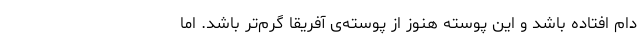
دام افتاده باشد و این پوسته هنوز از پوسته‌ی آفریقا گرم‌تر باشد. اما